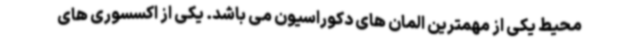
محیط یکی از مهمترین المان های دکوراسیون می باشد. یکی از اکسسوری های